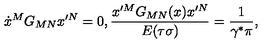
\dot { x } ^ { M } G _ { M N } x ^ { \prime N } = 0 , { \frac { x ^ { \prime M } G _ { M N } ( x ) x ^ { \prime N } } { E ( \tau \sigma ) } } = { \frac { 1 } { \gamma ^ { \ast } \pi } } ,